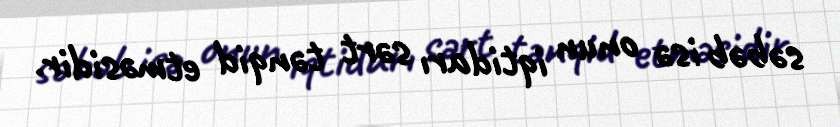
səbəb isə onun iqtidarı sərt tənqid etməsidir.